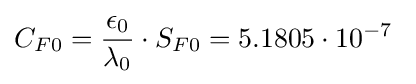
C_{F0}={\frac {\epsilon _{0}}{\lambda _{0}}}\cdot S_{F0}=5.1805\cdot 10^{-7}\